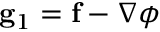
\mathbf { g } _ { 1 } = \mathbf { f } - \nabla \phi